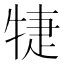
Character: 𤙶